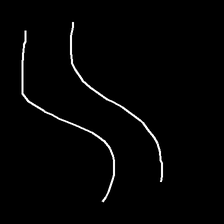
Glyph: float